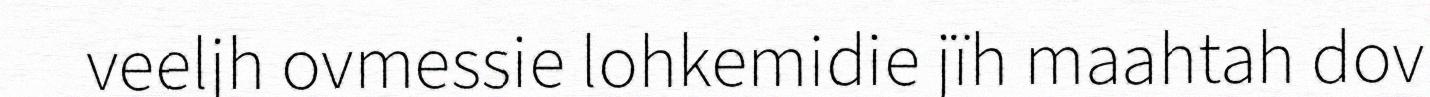
veeljh ovmessie lohkemidie jïh maahtah dov